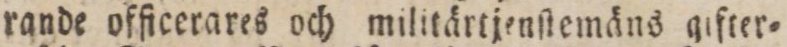
rande officerares och militärtjenſtemäns gifter=